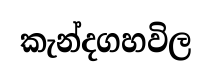
කැන්දගහවිල